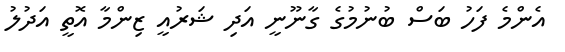
އެންމެ ފަހު ބަސް ބުނުމުގެ ގާނޫނީ އަދި ޝަރުއީ ޒިންމާ އޮތީ އަދުލު